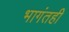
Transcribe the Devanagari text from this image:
भागंतही